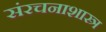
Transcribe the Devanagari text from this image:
संरचनाशास्त्र